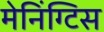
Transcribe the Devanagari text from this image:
मेनिंग्टिस